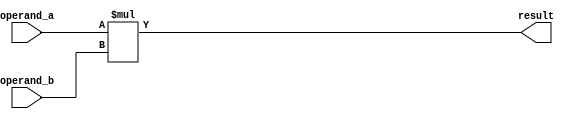
module signed_multiplier(
    input signed [7:0] operand_a,
    input signed [7:0] operand_b,
    output signed [15:0] result
);

// Perform multiplication operation
assign result = operand_a * operand_b;

endmodule